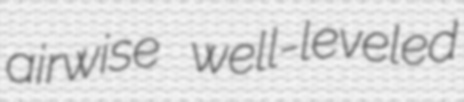
airwise well-leveled